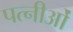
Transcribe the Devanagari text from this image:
पत्नीओं